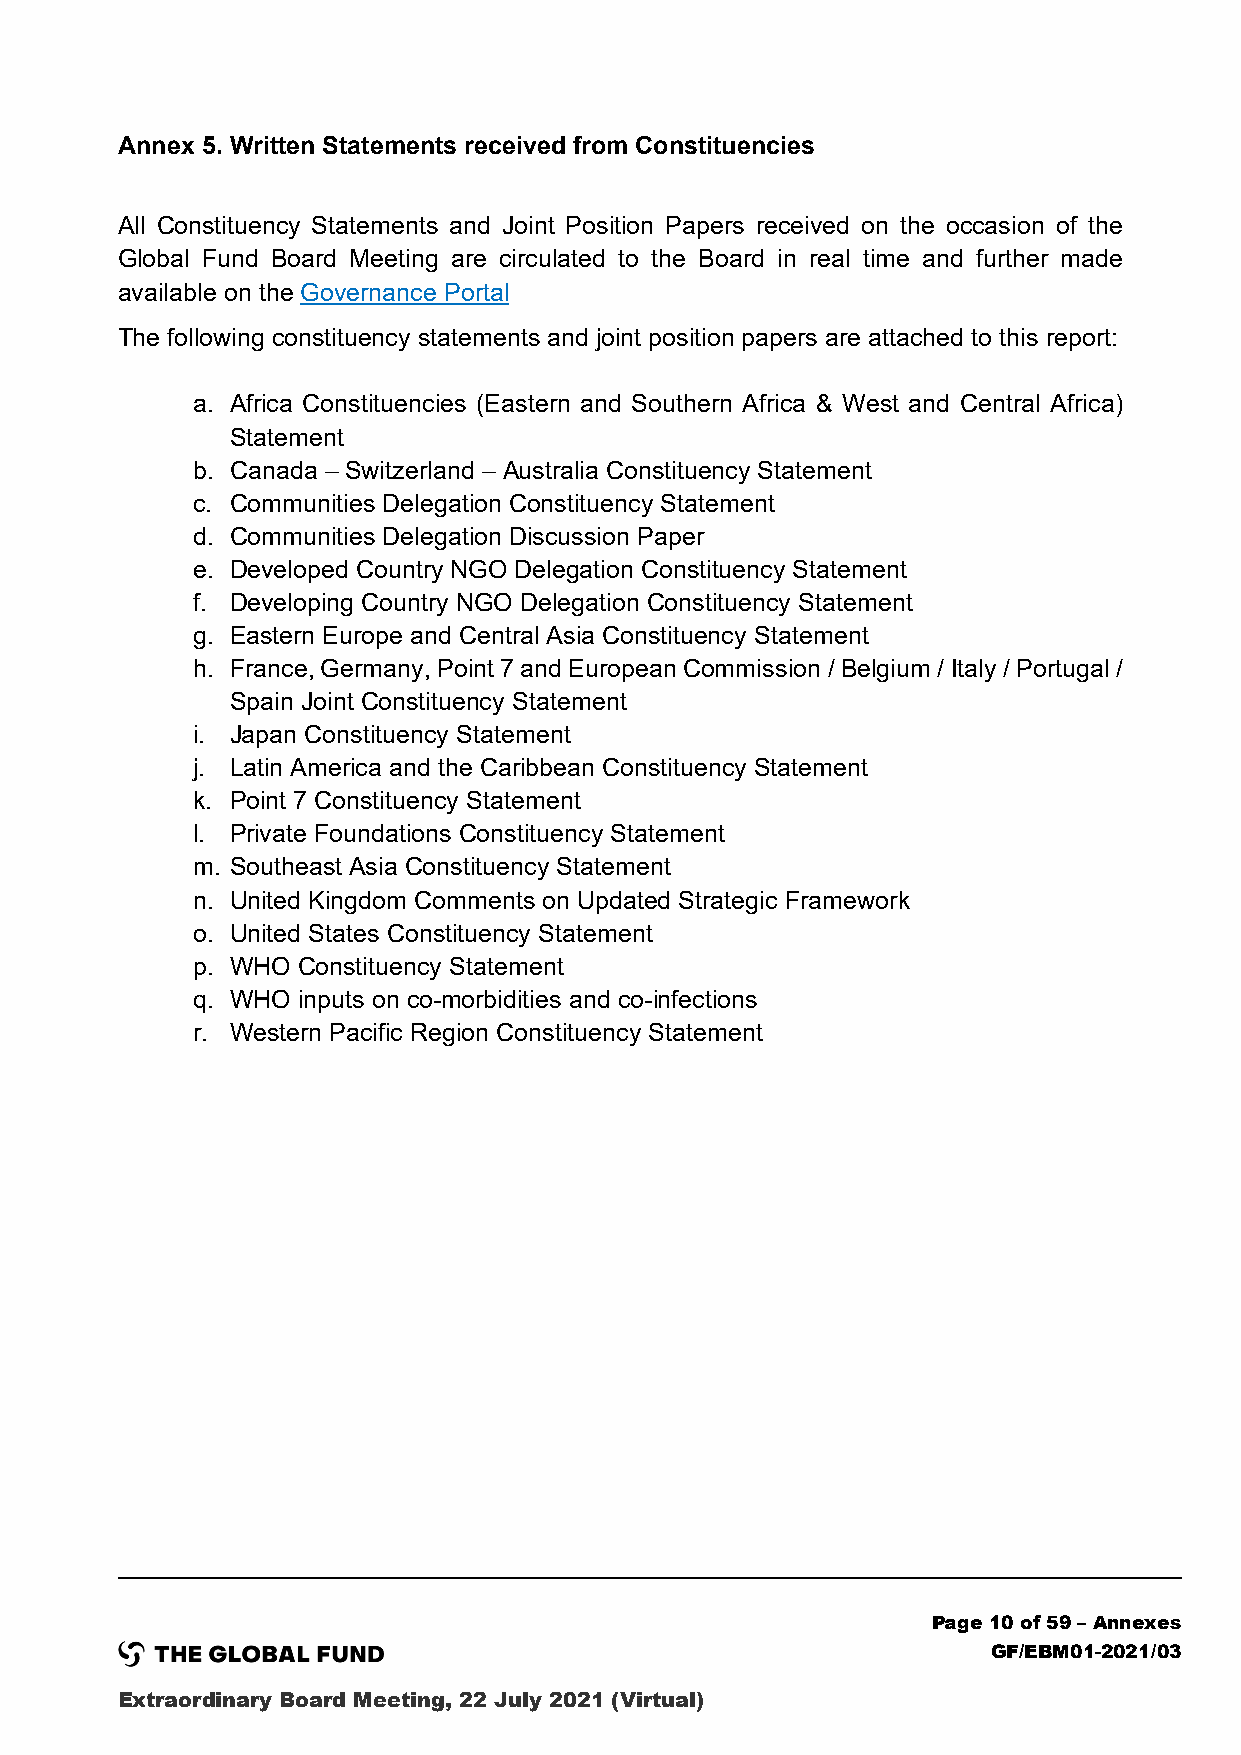
Annex 5. Written Statements received from Constituencies
 All Constituency Statements and Joint Position Papers received on the occasion of the
 Global Fund Board Meeting are circulated to the Board in real time and further made
 available on the Governance Portal
 The following constituency statements and joint position papers are attached to this report:
 a. Africa Constituencies (Eastern and Southern Africa & West and Central Africa)
 Statement
 b. Canada – Switzerland – Australia Constituency Statement
 c. Communities Delegation Constituency Statement
 d. Communities Delegation Discussion Paper
 e. Developed Country NGO Delegation Constituency Statement
 f. Developing Country NGO Delegation Constituency Statement
 g. Eastern Europe and Central Asia Constituency Statement
 h. France, Germany, Point 7 and European Commission / Belgium / Italy / Portugal /
 Spain Joint Constituency Statement
 i. Japan Constituency Statement
 j. Latin America and the Caribbean Constituency Statement
 k. Point 7 Constituency Statement
 l. Private Foundations Constituency Statement
 m. Southeast Asia Constituency Statement
 n. United Kingdom Comments on Updated Strategic Framework
 o. United States Constituency Statement
 p. WHO Constituency Statement
 q. WHO inputs on co-morbidities and co-infections
 r. Western Pacific Region Constituency Statement
 Page 10 of 59 – Annexes
 GF/EBM01-2021/03
 Extraordinary Board Meeting, 22 July 2021 (Virtual)